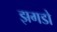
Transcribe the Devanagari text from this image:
झगडो